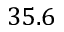
3 5 . 6